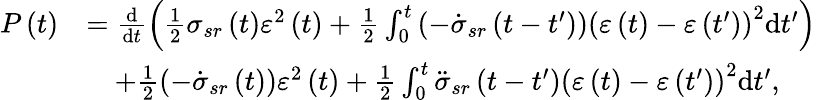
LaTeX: \begin{array}{rl}{P\left(t\right)}&{=\frac{\mathrm{d}}{\mathrm{d}t}\left(\frac{1}{2}\sigma_{sr}\left(t\right)\varepsilon^{2}\left(t\right)+\frac{1}{2}\int_{0}^{t}\left(-\dot{\sigma}_{sr}\left(t-t^{\prime}\right)\right)\left(\varepsilon\left(t\right)-\varepsilon\left(t^{\prime}\right)\right)^{2}\mathrm{d}t^{\prime}\right)}\\ &{\quad+\frac{1}{2}\left(-\dot{\sigma}_{sr}\left(t\right)\right)\varepsilon^{2}\left(t\right)+\frac{1}{2}\int_{0}^{t}\ddot{\sigma}_{sr}\left(t-t^{\prime}\right)\left(\varepsilon\left(t\right)-\varepsilon\left(t^{\prime}\right)\right)^{2}\mathrm{d}t^{\prime},}\end{array}